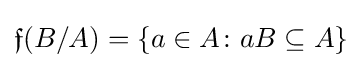
{\mathfrak {f}}(B/A)=\{a\in A\colon aB\subseteq A\}